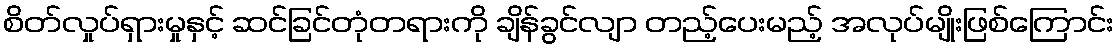
စိတ်လှုပ်ရှားမှုနှင့် ဆင်ခြင်တုံတရားကို ချိန်ခွင်လျာ တည့်ပေးမည့် အလုပ်မျိုးဖြစ်ကြောင်း